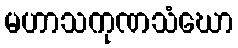
မဟာသကုဏသံဃော